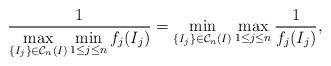
LaTeX: \begin{align*}\frac{1}{\displaystyle \max_{\{I_j\}\in \mathcal C_n(I)}\min_{1\leq j\leq n} f_j(I_j)}=\min_{\{I_j\}\in \mathcal C_n(I)}\max_{1\leq j\leq n} \frac{1}{f_j(I_j)},\end{align*}